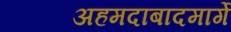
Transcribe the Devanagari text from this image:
अहमदाबादमार्गे